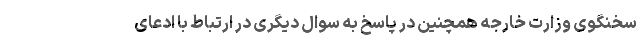
سخنگوی وزارت خارجه همچنین در پاسخ به سوال دیگری در ارتباط با ادعای